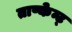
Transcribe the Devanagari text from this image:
ताष्केन्ट्